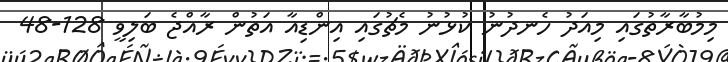
މިމުބާރާތުގައި މިއަދު ހެނދުނު ކުޅުނު މެޗުގައި އިންޑިއާ އަތުން ރާއްޖެ ބަލިވީ 128-48